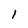
Character: 1